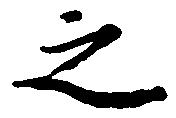
之